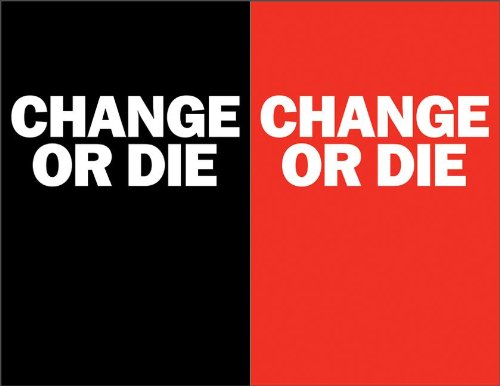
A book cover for Change or Die: The Three Keys to Change at Work and in Life; Alan Deutschman; Health, Fitness & Dieting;